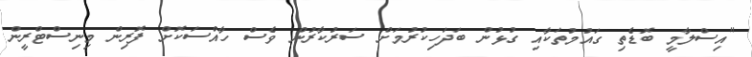
"އިސްލާމީ ބޮޑެތި ގައުމުތަކާއި ގުޅުން ބަދަހިކުރުމަށް ސަރުކާރުން ވެސް ހާއްސަކޮށް ފޮރިން މިނިސްޓްރީން